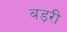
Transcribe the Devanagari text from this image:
बड़री